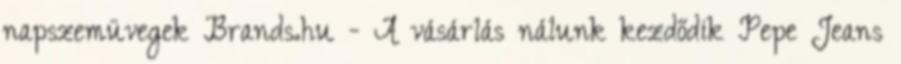
napszemüvegek Brands.hu - A vásárlás nálunk kezdődik Pepe Jeans